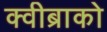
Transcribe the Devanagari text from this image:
क्वीब्राको